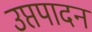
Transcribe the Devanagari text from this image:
उप्तपादन